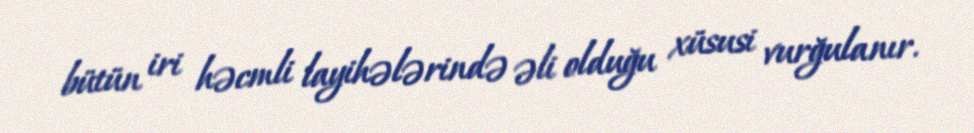
bütün iri həcmli layihələrində əli olduğu xüsusi vurğulanır.